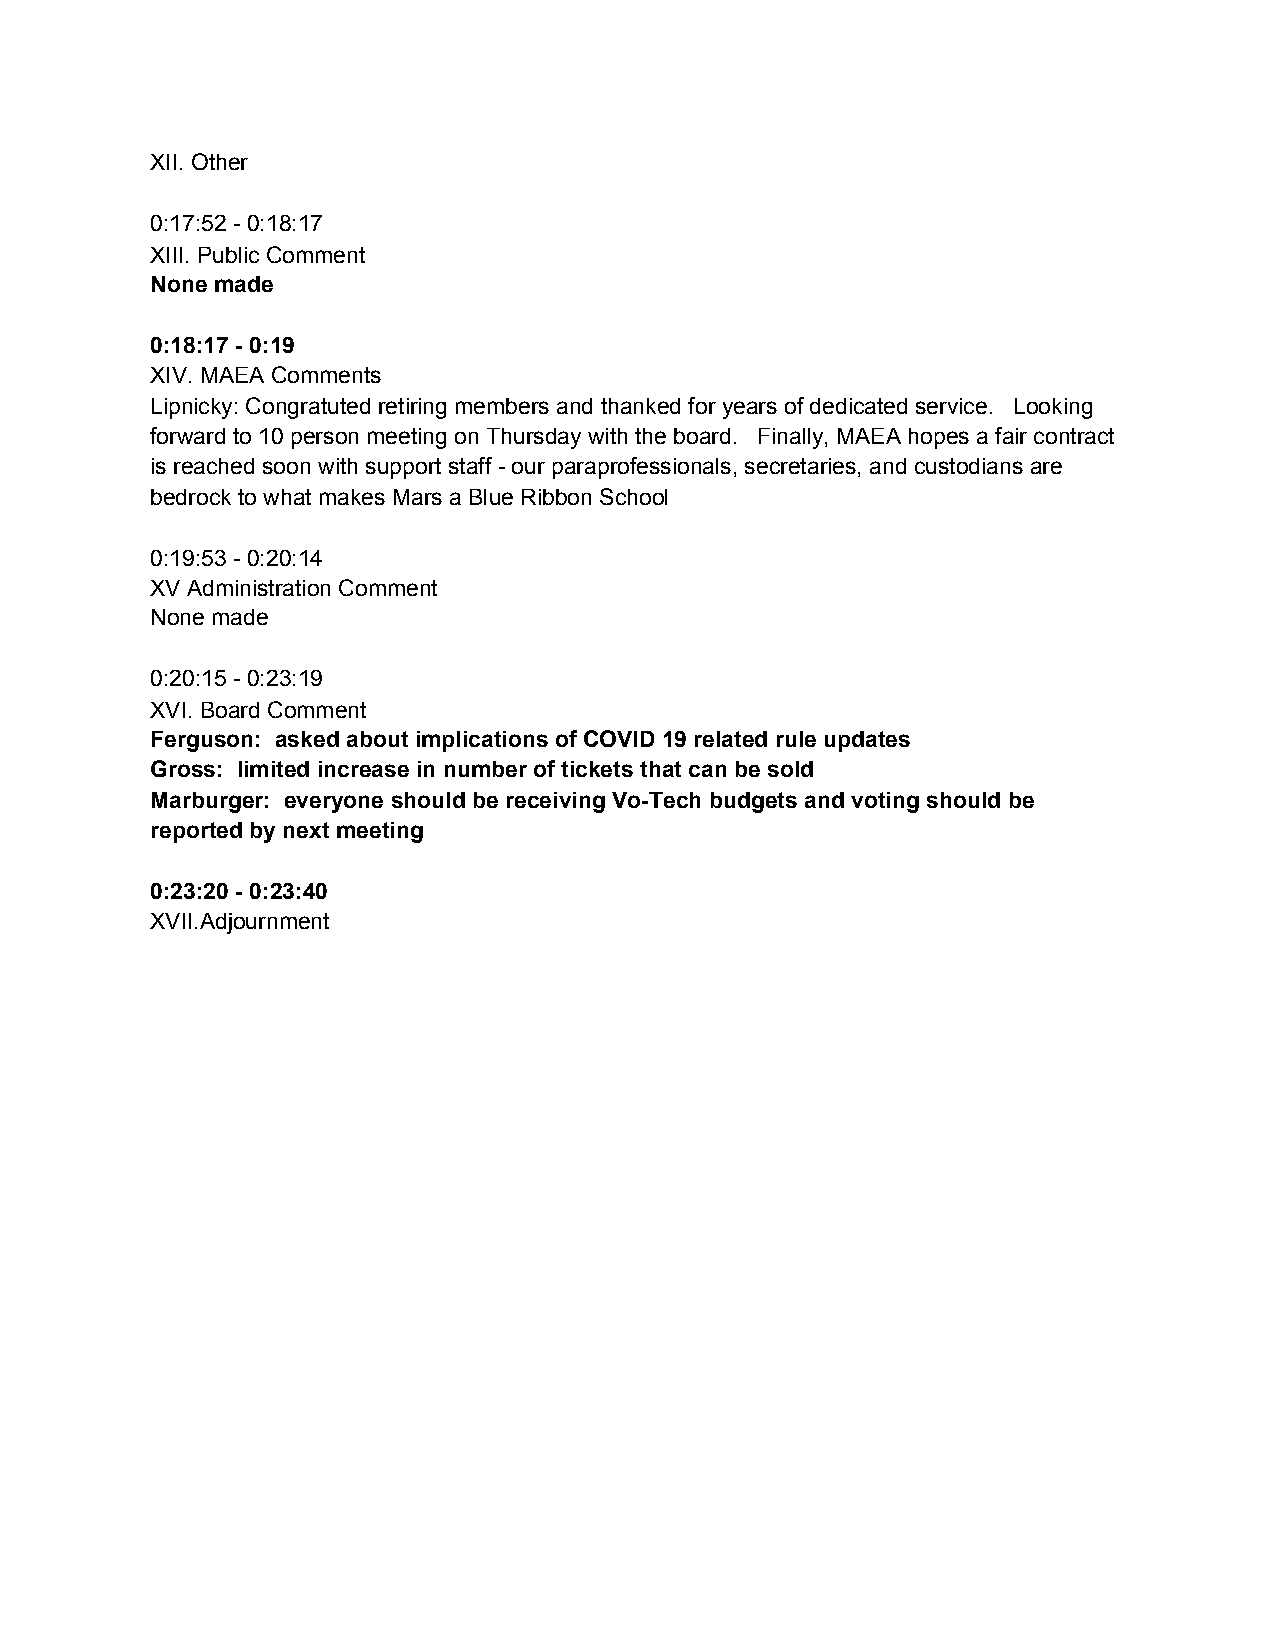
XII. Other
 0:17:52 - 0:18:17
 XIII. Public Comment
 None made
 0:18:17 - 0:19
 XIV. MAEA Comments
 Lipnicky: Congratuted retiring members and thanked for years of dedicated service. Looking
 forward to 10 person meeting on Thursday with the board. Finally, MAEA hopes a fair contract
 is reached soon with support staff - our paraprofessionals, secretaries, and custodians are
 bedrock to what makes Mars a Blue Ribbon School
 0:19:53 - 0:20:14
 XV Administration Comment
 None made
 0:20:15 - 0:23:19
 XVI. Board Comment
 Ferguson: asked about implications of COVID 19 related rule updates
 Gross: limited increase in number of tickets that can be sold
 Marburger: everyone should be receiving Vo-Tech budgets and voting should be
 reported by next meeting
 0:23:20 - 0:23:40
 XVII.Adjournment